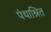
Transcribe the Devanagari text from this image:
पंथाश्रित